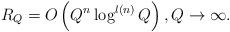
LaTeX: \begin{align*}R_Q=O\left(Q^n\log^{l(n)}Q\right),Q\to\infty.\end{align*}